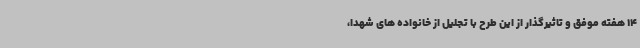
14 هفته موفق و تاثیرگذار از این طرح با تجلیل از خانواده های شهدا،